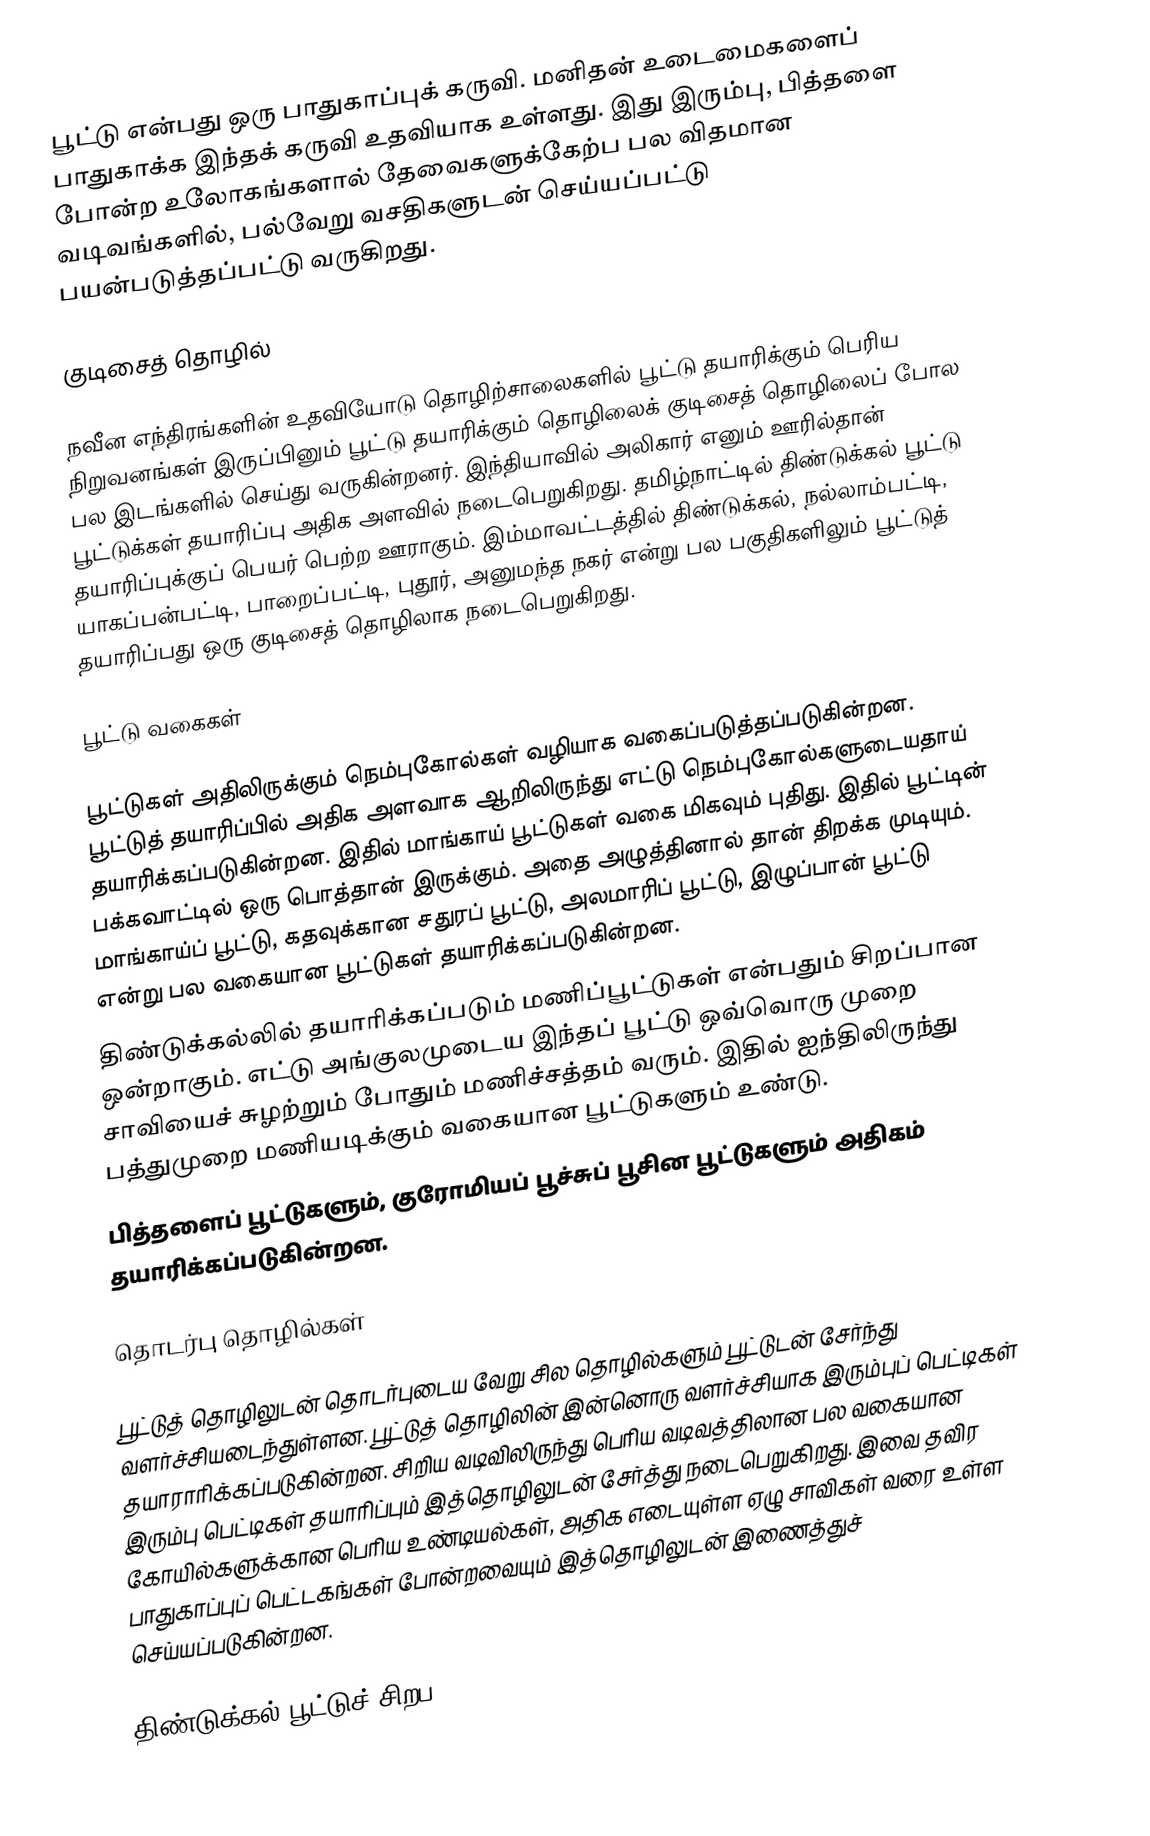
பூட்டு என்பது ஒரு பாதுகாப்புக் கருவி. மனிதன் உடைமைகளைப் பாதுகாக்க இந்தக் கருவி உதவியாக உள்ளது. இது இரும்பு, பித்தளை போன்ற உலோகங்களால் தேவைகளுக்கேற்ப பல விதமான வடிவங்களில், பல்வேறு வசதிகளுடன் செய்யப்பட்டு பயன்படுத்தப்பட்டு வருகிறது.

குடிசைத் தொழில்

நவீன எந்திரங்களின் உதவியோடு தொழிற்சாலைகளில் பூட்டு தயாரிக்கும் பெரிய நிறுவனங்கள் இருப்பினும் பூட்டு தயாரிக்கும் தொழிலைக் குடிசைத் தொழிலைப் போல பல இடங்களில் செய்து வருகின்றனர். இந்தியாவில் அலிகார் எனும் ஊரில்தான் பூட்டுக்கள் தயாரிப்பு அதிக அளவில் நடைபெறுகிறது. தமிழ்நாட்டில் திண்டுக்கல் பூட்டு தயாரிப்புக்குப் பெயர் பெற்ற ஊராகும். இம்மாவட்டத்தில் திண்டுக்கல், நல்லாம்பட்டி, யாகப்பன்பட்டி, பாறைப்பட்டி, புதூர், அனுமந்த நகர் என்று பல பகுதிகளிலும் பூட்டுத் தயாரிப்பது ஒரு குடிசைத் தொழிலாக நடைபெறுகிறது.

பூட்டு வகைகள்

 பூட்டுகள் அதிலிருக்கும் நெம்புகோல்கள் வழியாக வகைப்படுத்தப்படுகின்றன. பூட்டுத் தயாரிப்பில் அதிக அளவாக ஆறிலிருந்து எட்டு நெம்புகோல்களுடையதாய் தயாரிக்கப்படுகின்றன. இதில் மாங்காய் பூட்டுகள் வகை மிகவும் புதிது. இதில் பூட்டின் பக்கவாட்டில் ஒரு பொத்தான் இருக்கும். அதை அழுத்தினால் தான் திறக்க முடியும். மாங்காய்ப் பூட்டு, கதவுக்கான சதுரப் பூட்டு, அலமாரிப் பூட்டு, இழுப்பான் பூட்டு என்று பல வகையான பூட்டுகள் தயாரிக்கப்படுகின்றன.
 திண்டுக்கல்லில் தயாரிக்கப்படும் மணிப்பூட்டுகள் என்பதும் சிறப்பான ஒன்றாகும். எட்டு அங்குலமுடைய இந்தப் பூட்டு ஒவ்வொரு முறை சாவியைச் சுழற்றும் போதும் மணிச்சத்தம் வரும். இதில் ஐந்திலிருந்து பத்துமுறை மணியடிக்கும் வகையான பூட்டுகளும் உண்டு.
 பித்தளைப் பூட்டுகளும், குரோமியப் பூச்சுப் பூசின பூட்டுகளும் அதிகம் தயாரிக்கப்படுகின்றன.

தொடர்பு தொழில்கள்

பூட்டுத் தொழிலுடன் தொடர்புடைய வேறு சில தொழில்களும் பூட்டுடன் சேர்ந்து வளர்ச்சியடைந்துள்ளன. பூட்டுத் தொழிலின் இன்னொரு வளர்ச்சியாக இரும்புப் பெட்டிகள் தயாராரிக்கப்படுகின்றன. சிறிய வடிவிலிருந்து பெரிய வடிவத்திலான பல வகையான இரும்பு பெட்டிகள் தயாரிப்பும் இத்தொழிலுடன் சேர்த்து நடைபெறுகிறது. இவை தவிர கோயில்களுக்கான பெரிய உண்டியல்கள், அதிக எடையுள்ள ஏழு சாவிகள் வரை உள்ள பாதுகாப்புப் பெட்டகங்கள் போன்றவையும் இத்தொழிலுடன் இணைத்துச் செய்யப்படுகின்றன.

திண்டுக்கல் பூட்டுச் சிறப